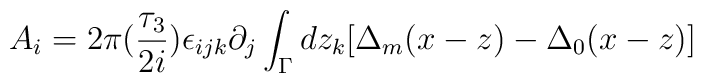
A_i=2\pi (\frac{\tau_3}{2i})\epsilon_{ijk}\partial_j\int_{\Gamma} dz_k[\Delta_m(x-z)-\Delta_0(x-z)]